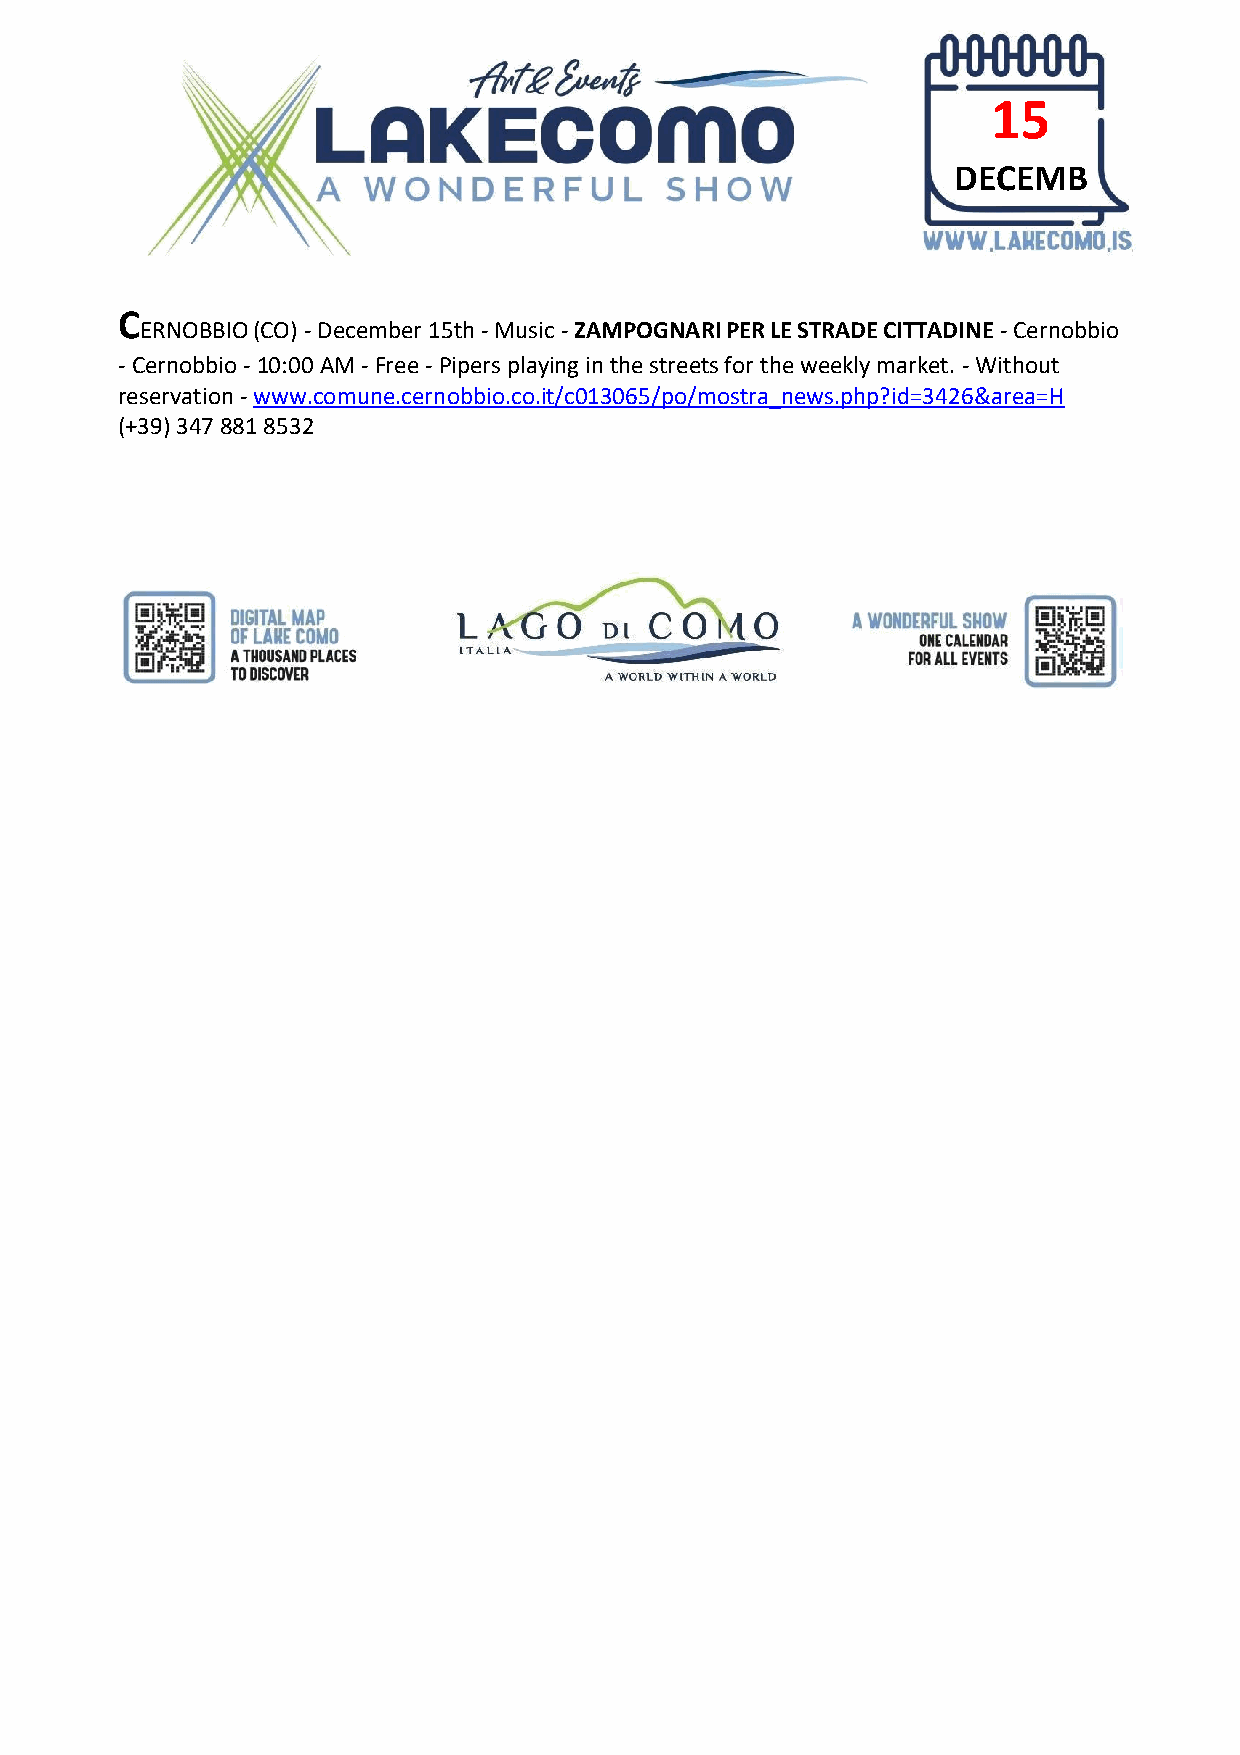
15
 DECEMB
 ER
 C
 ERNOBBIO (CO) - December 15th - Music - ZAMPOGNARI PER LE STRADE CITTADINE - Cernobbio
 - Cernobbio - 10:00 AM - Free - Pipers playing in the streets for the weekly market. - Without
 reservation - www.comune.cernobbio.co.it/c013065/po/mostra_news.php?id=3426&area=H
 (+39) 347 881 8532